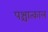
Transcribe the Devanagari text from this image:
पश्चात्काल